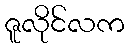
ဇူလိုင်လက